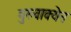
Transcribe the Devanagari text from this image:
गुरुवाक्येन